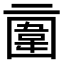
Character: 𠄿